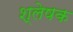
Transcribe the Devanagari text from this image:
श्लेषक